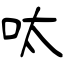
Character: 呔